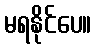
မရနိုင်ပေ။